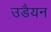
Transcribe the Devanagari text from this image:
उडैयन